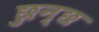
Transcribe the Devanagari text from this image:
छुन्छ